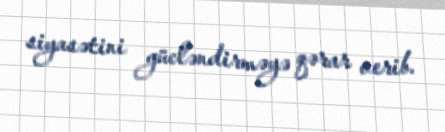
siyasətini gücləndirməyə qərar verib.